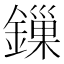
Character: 鏁